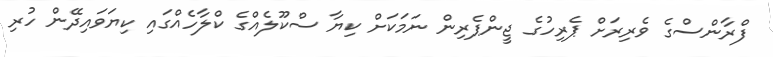
ފްރާންސްގެ ވެރިރަށް ޕެރިހުގެ ޖީންޕެރިން ނަމަކަށް ކިޔާ ސްކޫލެއްގެ ކްލާހެއްގައި ކިޔަވައިދޭން ހުރި